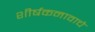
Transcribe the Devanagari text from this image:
शीर्षकनावाचे